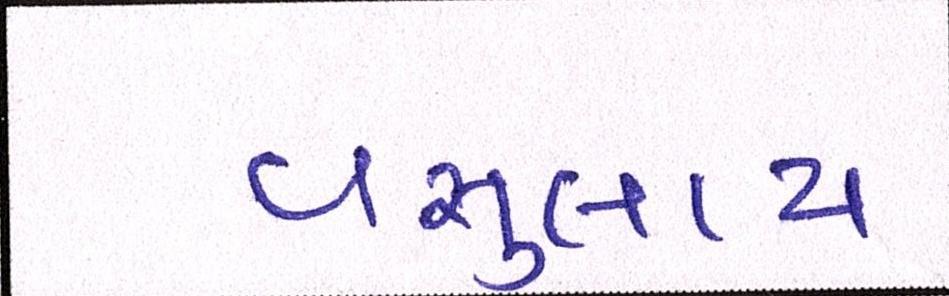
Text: વસુલાય